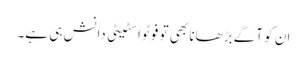
ان کو آگے بڑھانا بھی تو فوٹو اسٹیٹی دانش ہی ہے۔